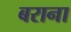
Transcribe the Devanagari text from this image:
बराना